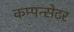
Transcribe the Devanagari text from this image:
कम्पन्सेटर